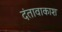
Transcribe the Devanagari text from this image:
दंतावाकाश